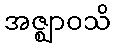
အဇ္ဈာဝသိ